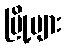
မြို့များ